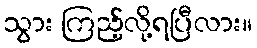
သွား ကြည့်လို့ရပြီလား။